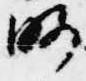
略